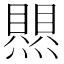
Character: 𤑄